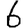
Digit: 6